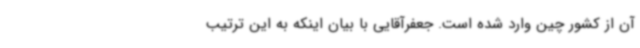
آن از کشور چین وارد شده است. جعفرآقایی با بیان اینکه به این ترتیب